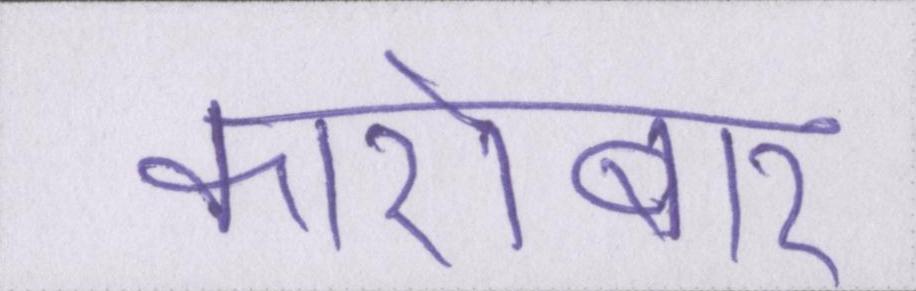
कारोबार